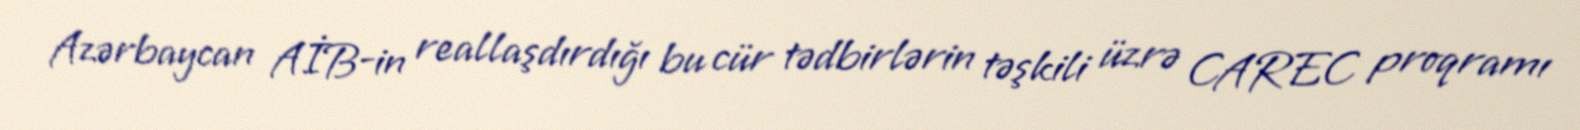
Azərbaycan AİB-in reallaşdırdığı bu cür tədbirlərin təşkili üzrə CAREC proqramı